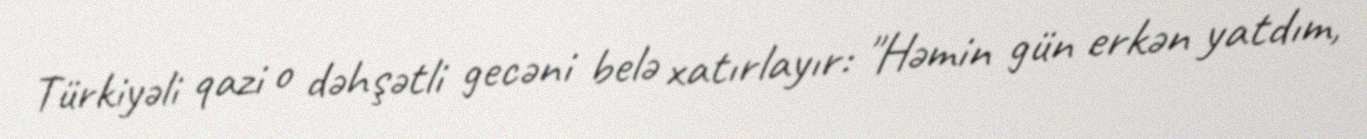
Türkiyəli qazi o dəhşətli gecəni belə xatırlayır: "Həmin gün erkən yatdım,